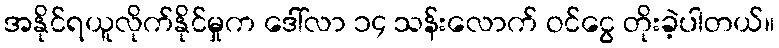
အနိုင်ရယူလိုက်နိုင်မှုက ဒေါ်လာ ၁၄ သန်းလောက် ဝင်ငွေ တိုးခဲ့ပါတယ်။